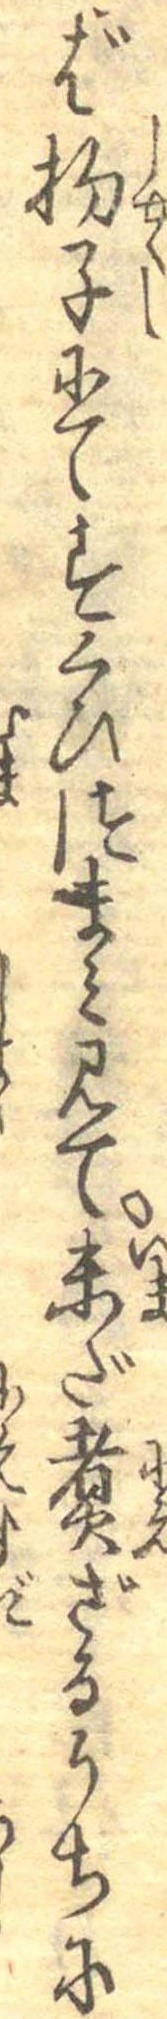
ば杓子にてすくひつまみ見て未だ煮ざるうちに